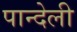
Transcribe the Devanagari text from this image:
पान्देली